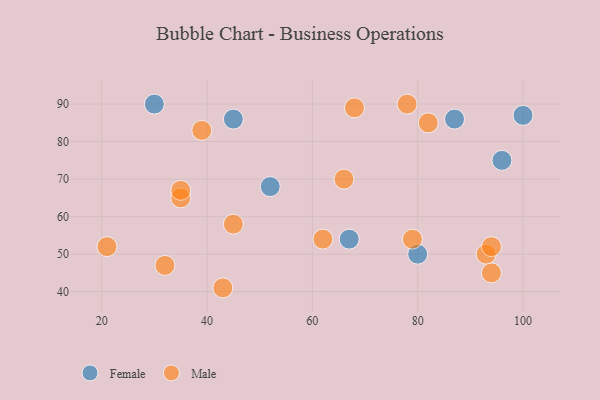
{"axis": {"x": "GDP", "y": "Life Expectancy"}, "legend": ["Female", "Male"], "data": [{"x": "52", "y": 68, "type": "Female"}, {"x": "30", "y": 90, "type": "Female"}, {"x": "96", "y": 75, "type": "Female"}, {"x": "67", "y": 54, "type": "Female"}, {"x": "80", "y": 50, "type": "Female"}, {"x": "45", "y": 86, "type": "Female"}, {"x": "100", "y": 87, "type": "Female"}, {"x": "87", "y": 86, "type": "Female"}, {"x": "21", "y": 52, "type": "Male"}, {"x": "78", "y": 90, "type": "Male"}, {"x": "62", "y": 54, "type": "Male"}, {"x": "43", "y": 41, "type": "Male"}, {"x": "93", "y": 50, "type": "Male"}, {"x": "94", "y": 52, "type": "Male"}, {"x": "79", "y": 54, "type": "Male"}, {"x": "45", "y": 58, "type": "Male"}, {"x": "66", "y": 70, "type": "Male"}, {"x": "68", "y": 89, "type": "Male"}, {"x": "39", "y": 83, "type": "Male"}, {"x": "82", "y": 85, "type": "Male"}, {"x": "35", "y": 65, "type": "Male"}, {"x": "35", "y": 67, "type": "Male"}, {"x": "94", "y": 45, "type": "Male"}, {"x": "32", "y": 47, "type": "Male"}]}